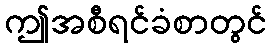
ဤအစီရင်ခံစာတွင်